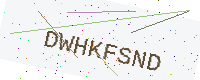
Text: DWHKFSND